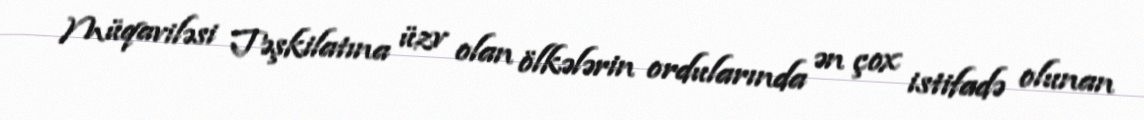
Müqaviləsi Təşkilatına üzv olan ölkələrin ordularında ən çox istifadə olunan